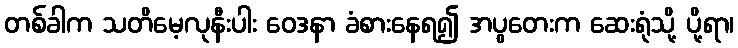
တစ်ခါက သတိမေ့လုနီးပါး ဝေဒနာ ခံစားနေရ၍ အပွတေးက ဆေးရုံသို့ ပို့ရာ၊